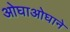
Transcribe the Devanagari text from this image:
ओघाओघाने